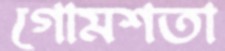
গোমশতা